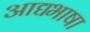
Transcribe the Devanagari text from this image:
आद्यभाषा